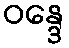
ဝန္ဒေ